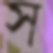
স